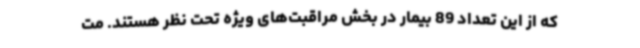
که از این تعداد 89 بیمار در بخش مراقبت‌های ویژه تحت نظر هستند. مت